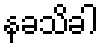
နခသိခါ